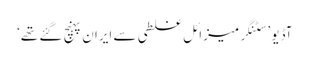
آڈیو ’سٹنگر میزائل غلطی سے ایران پہنچ گئے تھے‘